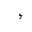
Letter: _waw